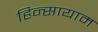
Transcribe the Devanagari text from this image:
हिन्सायाम